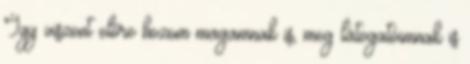
Így viszont előre hozom magamnak is, meg látogatóimnak is